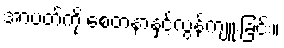
အာပတ်ကို စေတနာနှင့်လွန်ကျူးခြင်း။